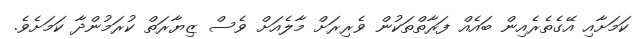
ކަމަށާއި އޭގެތެރެއިން ބައެއް ފަރާތްތަކުން ވެރިރަށް މާލެއަށް ވެސް ޒިޔާރަތް ކުރަމުންދާ ކަމަށެވެ.